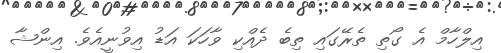
އިލްހާމް އެ ގޯތި ތެރޭގައި ތިބެ ދެއްކި ވާހަކަ އަޑު އިވުނީއެވެ. އިންޝާ